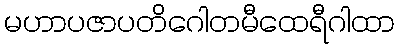
မဟာပဇာပတိဂေါတမီထေရီဂါထာ